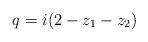
LaTeX: \begin{align*}q = i(2-z_1-z_2)\end{align*}